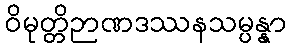
ဝိမုတ္တိဉာဏဒဿနသမ္ပန္နာ